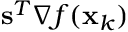
\mathbf { s } ^ { T } \nabla f ( \mathbf { x } _ { k } )